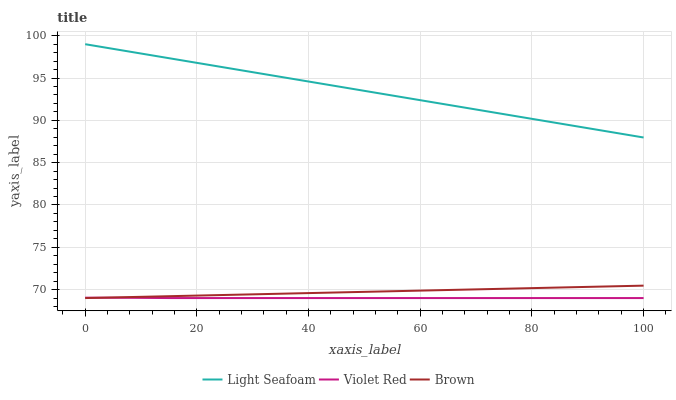
| xaxis_label | Light Seafoam | Violet Red | Brown |
 | --- | --- | --- | --- |
 | 0 | 99 | 69 | 69 |
 | 7.69 | 98.2 | 69 | 69.1 |
 | 15.4 | 97.3 | 69 | 69.2 |
 | 23.1 | 96.5 | 69 | 69.3 |
 | 30.8 | 95.6 | 69 | 69.5 |
 | 38.5 | 94.8 | 69 | 69.6 |
 | 46.2 | 93.9 | 69 | 69.7 |
 | 53.8 | 93.1 | 69 | 69.8 |
 | 61.5 | 92.2 | 69 | 69.9 |
 | 69.2 | 91.4 | 69 | 70 |
 | 76.9 | 90.5 | 69 | 70.1 |
 | 84.6 | 89.7 | 69 | 70.2 |
 | 92.3 | 88.8 | 69 | 70.4 |
 | 100 | 88 | 69 | 70.5 |